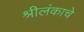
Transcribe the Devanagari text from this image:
श्रीलंकाचे